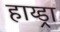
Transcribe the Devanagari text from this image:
हाय्ड्रा